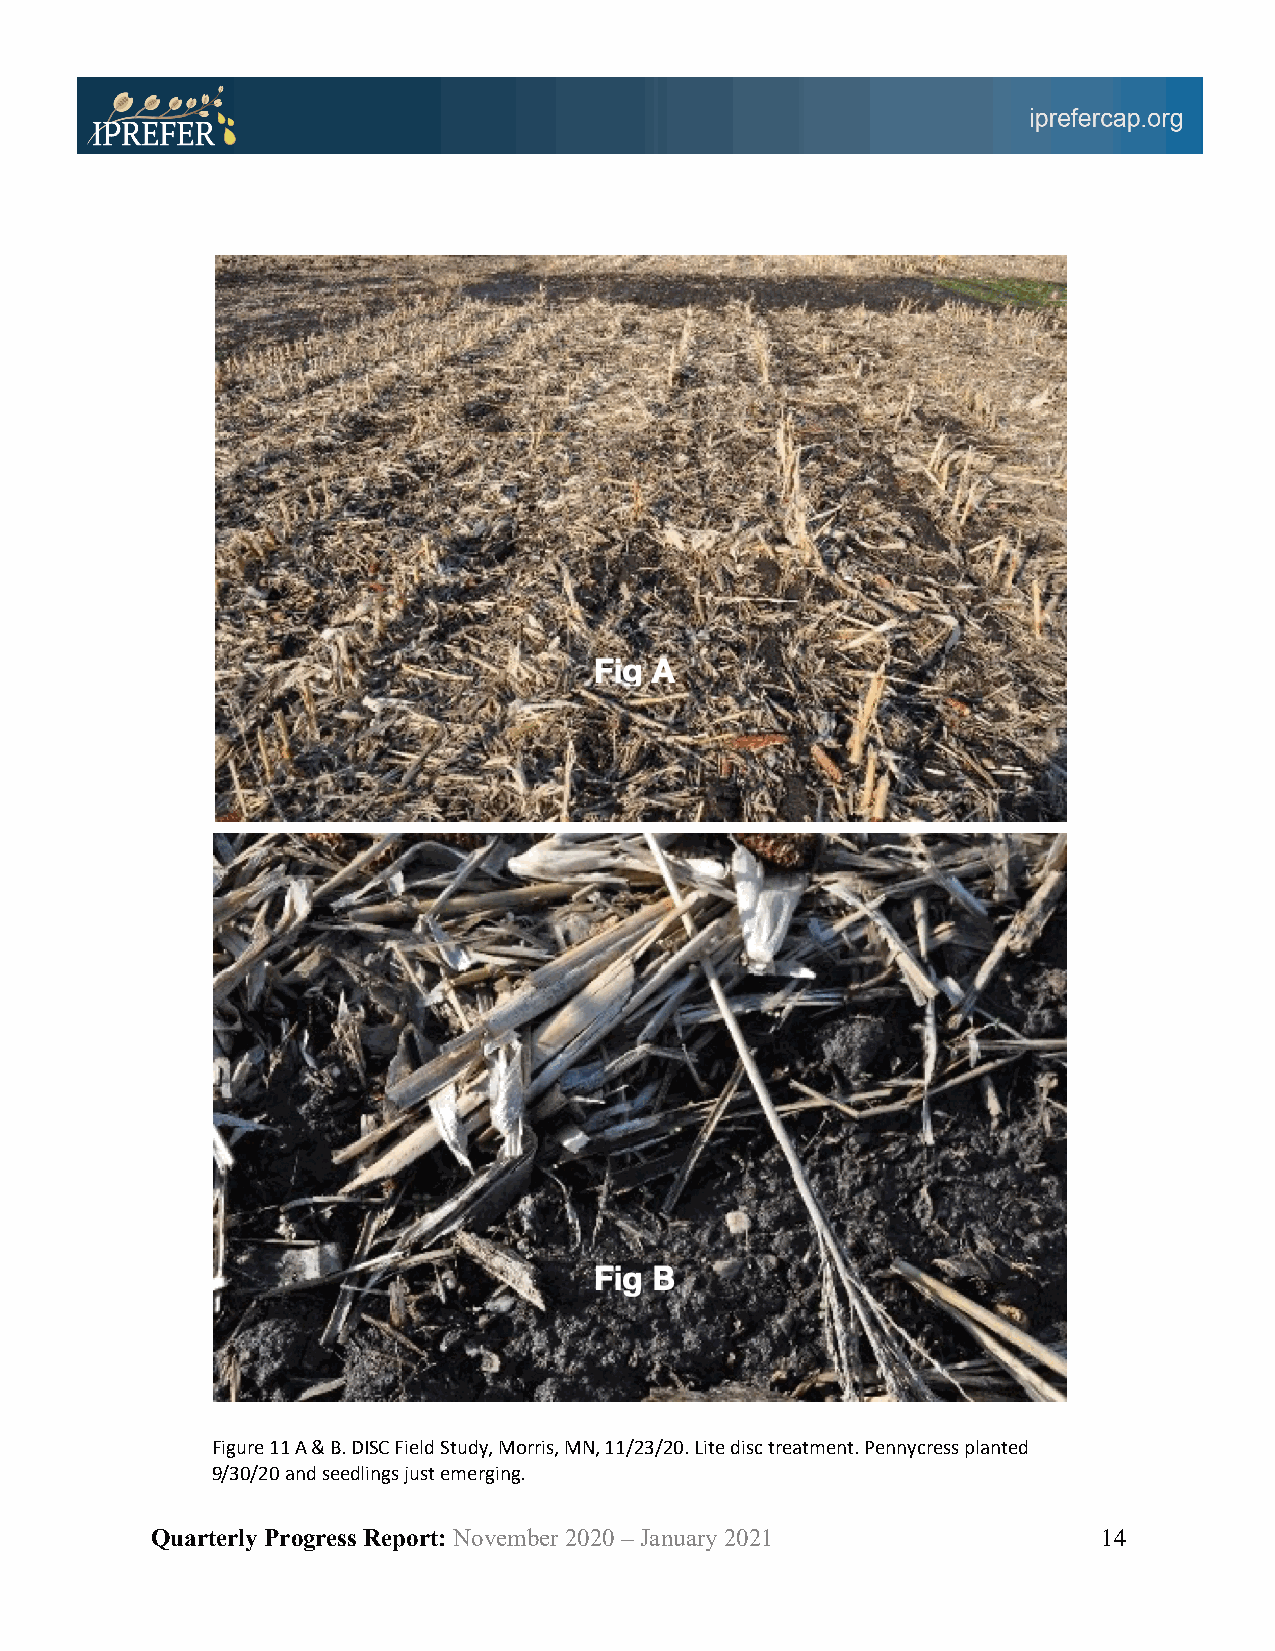
Figure 11 A & B. DISC Field Study, Morris, MN, 11/23/20. Lite disc treatment. Pennycress planted
 9/30/20 and seedlings just emerging.
 Quarterly Progress Report: November 2020 – January 2021        14